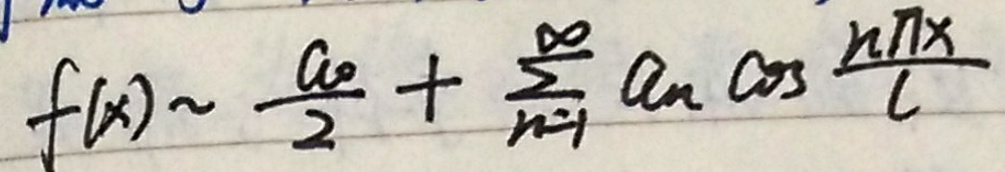
\[
f(x) \sim \frac{a_0}{2} + \sum_{n = 1}^{\infty} a_n \cos \frac{n\pi x}{l}
\]